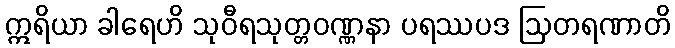
ဣရိယာ ခါရေဟိ သုဝီရသုတ္တဝဏ္ဏနာ ပရဿပဒ ဩတရဏာတိ